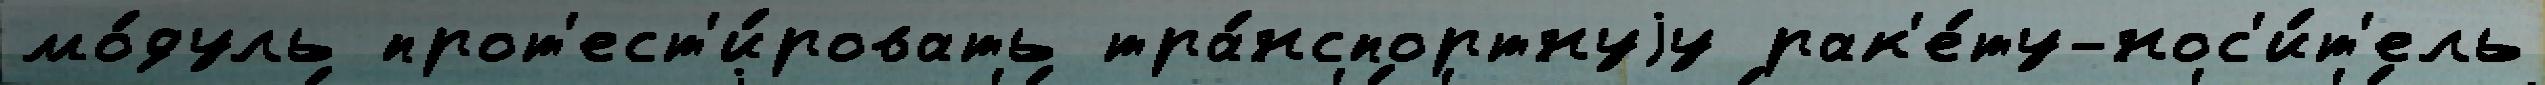
мо́дуль прот'ест'и́ровать тра́нспортнуjу рак'е́ту-нос'и́т'ель